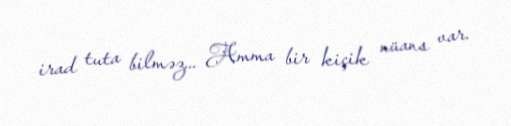
irad tuta bilməz... Amma bir kiçik nüans var.